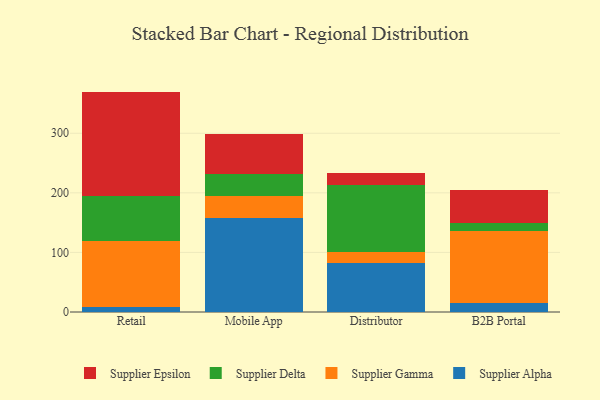
{"axis": {"x": "Channel", "y": "Humidity (%)"}, "legend": ["Supplier Alpha", "Supplier Delta", "Supplier Epsilon", "Supplier Gamma"], "data": [{"x": "Retail", "y": 8.8, "type": "Supplier Alpha"}, {"x": "Retail", "y": 110.6, "type": "Supplier Gamma"}, {"x": "Retail", "y": 74.6, "type": "Supplier Delta"}, {"x": "Retail", "y": 175.9, "type": "Supplier Epsilon"}, {"x": "Mobile App", "y": 157.5, "type": "Supplier Alpha"}, {"x": "Mobile App", "y": 37.9, "type": "Supplier Gamma"}, {"x": "Mobile App", "y": 36.0, "type": "Supplier Delta"}, {"x": "Mobile App", "y": 67.4, "type": "Supplier Epsilon"}, {"x": "Distributor", "y": 82.4, "type": "Supplier Alpha"}, {"x": "Distributor", "y": 19.0, "type": "Supplier Gamma"}, {"x": "Distributor", "y": 111.8, "type": "Supplier Delta"}, {"x": "Distributor", "y": 20.0, "type": "Supplier Epsilon"}, {"x": "B2B Portal", "y": 15.9, "type": "Supplier Alpha"}, {"x": "B2B Portal", "y": 119.4, "type": "Supplier Gamma"}, {"x": "B2B Portal", "y": 13.6, "type": "Supplier Delta"}, {"x": "B2B Portal", "y": 56.2, "type": "Supplier Epsilon"}]}